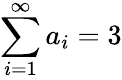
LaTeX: \sum\limits_{i=1}^{\infty}a_{i}=3